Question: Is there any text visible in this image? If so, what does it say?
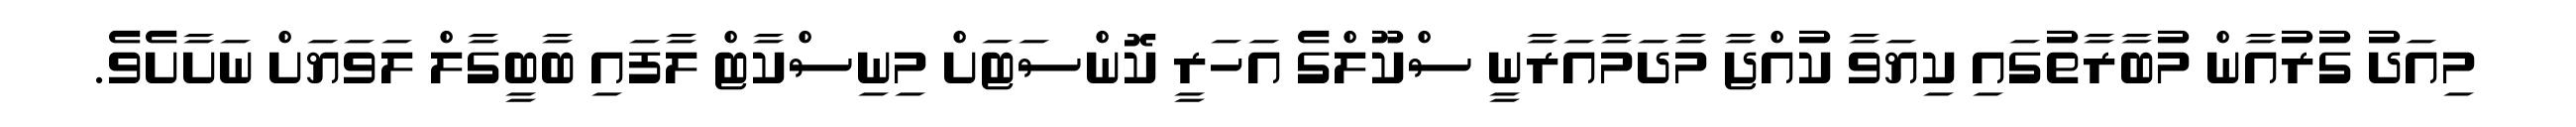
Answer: މިއަދު ގުރުއާން މުބާރާތުގައި ކިޔަވާ ކުއްޖާ މާދަމާއަރާނީ ސްކޫލްގެ އަހަރީ ކޮންސަޓަށް މިނިސްކާޓް ލާފައި ބާބީގާލް ލަވަޔަށް ނަށާށެވެ.